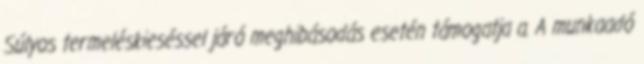
Súlyos termeléskieséssel járó meghibásodás esetén támogatja a. A munkaadó